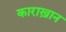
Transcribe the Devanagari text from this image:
काराख़ान